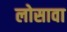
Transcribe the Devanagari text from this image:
लोसावा